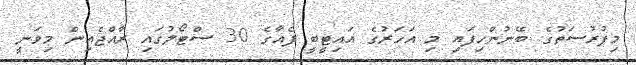
މިފުރުސަތުގެ ބޭނުންހިފައި މި އަހަރުގެ އައިޓީބީ ފެއާގެ 30 ސްޓޯލުގައި ރާއްޖެއިން މިވަނީ